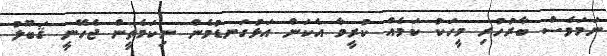
ނަމަވެސް ބާރުހުރި މީހަކު ކަމެއް ކުރީމާ އެކަން އަޅުގަނޑުމެން ނިކަމެތީން ޖެހޭނީ ޤަބޫލު